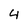
Character: 4